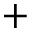
+